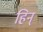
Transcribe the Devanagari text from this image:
हिन्